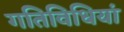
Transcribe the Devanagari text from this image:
गतिविधियां